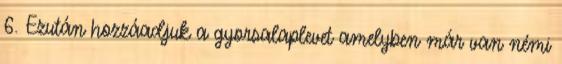
6. Ezután hozzáadjuk a gyorsalaplevet amelyben már van némi